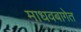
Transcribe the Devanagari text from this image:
माधवबागेत